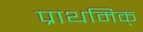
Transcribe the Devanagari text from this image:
प्राथमिक्